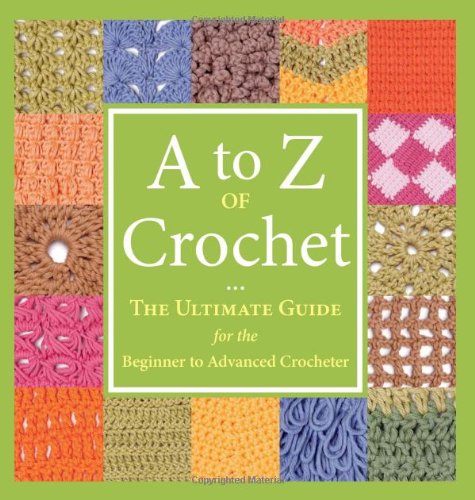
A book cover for A to Z of Crochet: The Ultimate Guide for the Beginner to Advanced Crocheter; Martingale; Crafts, Hobbies & Home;